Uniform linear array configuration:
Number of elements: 24
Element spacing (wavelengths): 0.75
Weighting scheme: uniform
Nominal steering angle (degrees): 15
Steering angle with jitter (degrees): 16.62
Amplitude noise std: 0.05
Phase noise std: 0.05

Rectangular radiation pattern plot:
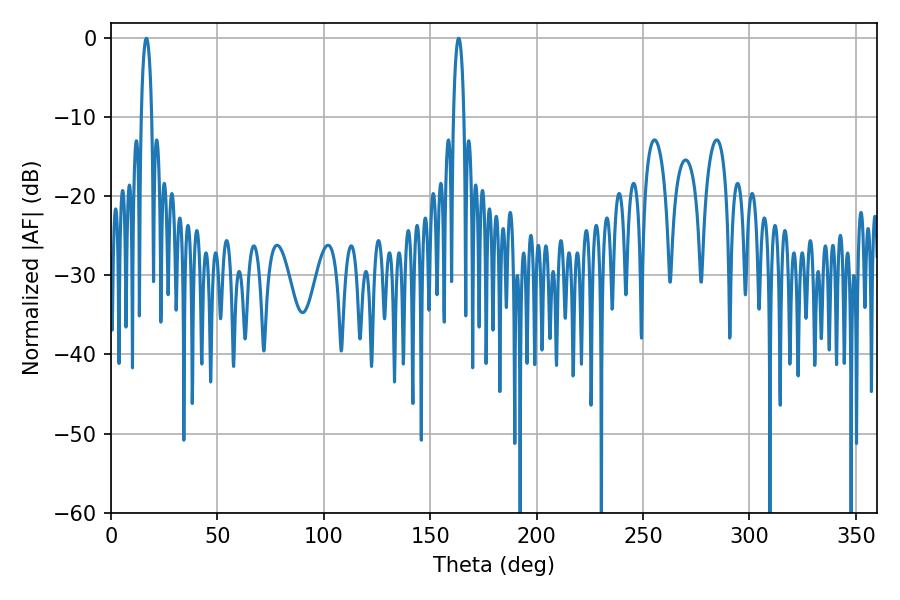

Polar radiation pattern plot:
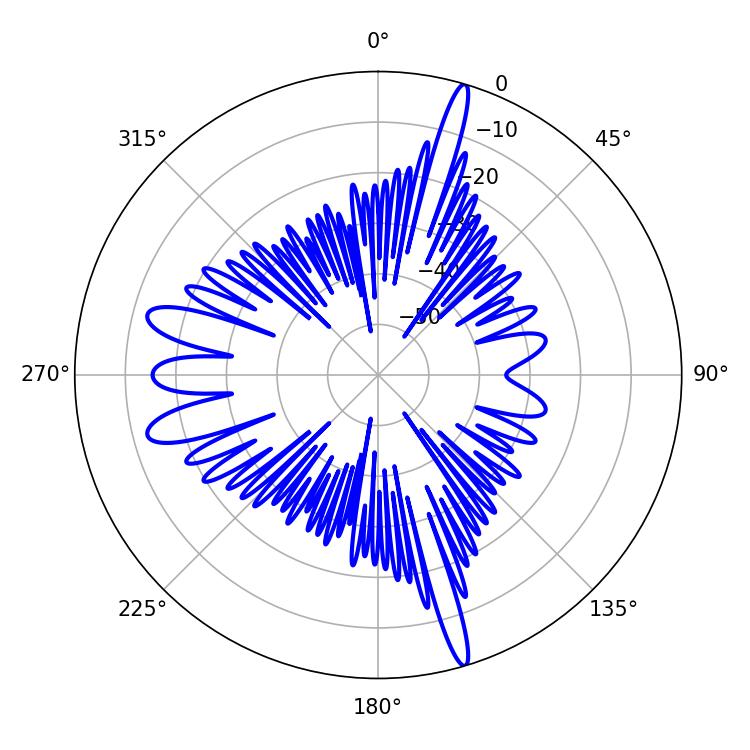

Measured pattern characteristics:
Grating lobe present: TRUE
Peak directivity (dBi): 21.222
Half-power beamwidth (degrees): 2.7
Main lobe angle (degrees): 16.56